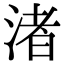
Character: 渚